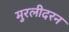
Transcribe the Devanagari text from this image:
मुरलीदरन